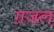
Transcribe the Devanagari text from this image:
ग़जल़